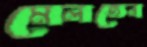
মেলতেন